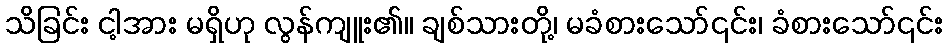
သိခြင်း ငါ့အား မရှိဟု လွန်ကျူး၏။ ချစ်သားတို့၊ မခံစားသော်၎င်း၊ ခံစားသော်၎င်း